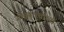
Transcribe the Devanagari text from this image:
जीवतत्त्वाच्या